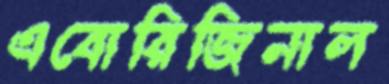
এবোরিজিনাল